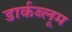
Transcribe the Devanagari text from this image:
डार्कब्लूम